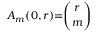
A _ { m } ( 0 , r ) { = } { \binom { r } { m } }